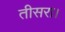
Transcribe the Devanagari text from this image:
तीसरा।